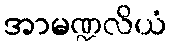
အာမဏ္ဍလိယံ